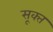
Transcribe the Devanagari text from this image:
सूक्‍त